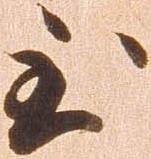
至